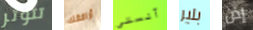
تتوتر أرافقك آنستي بلير إذن